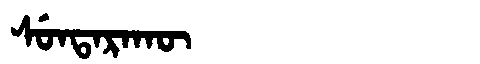
Manchu: ᠰᡠᠨᡨᠠᡵᠠᡴᡡ
Romanization: SUNTARAKŪ